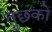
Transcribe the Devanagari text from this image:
तुछको